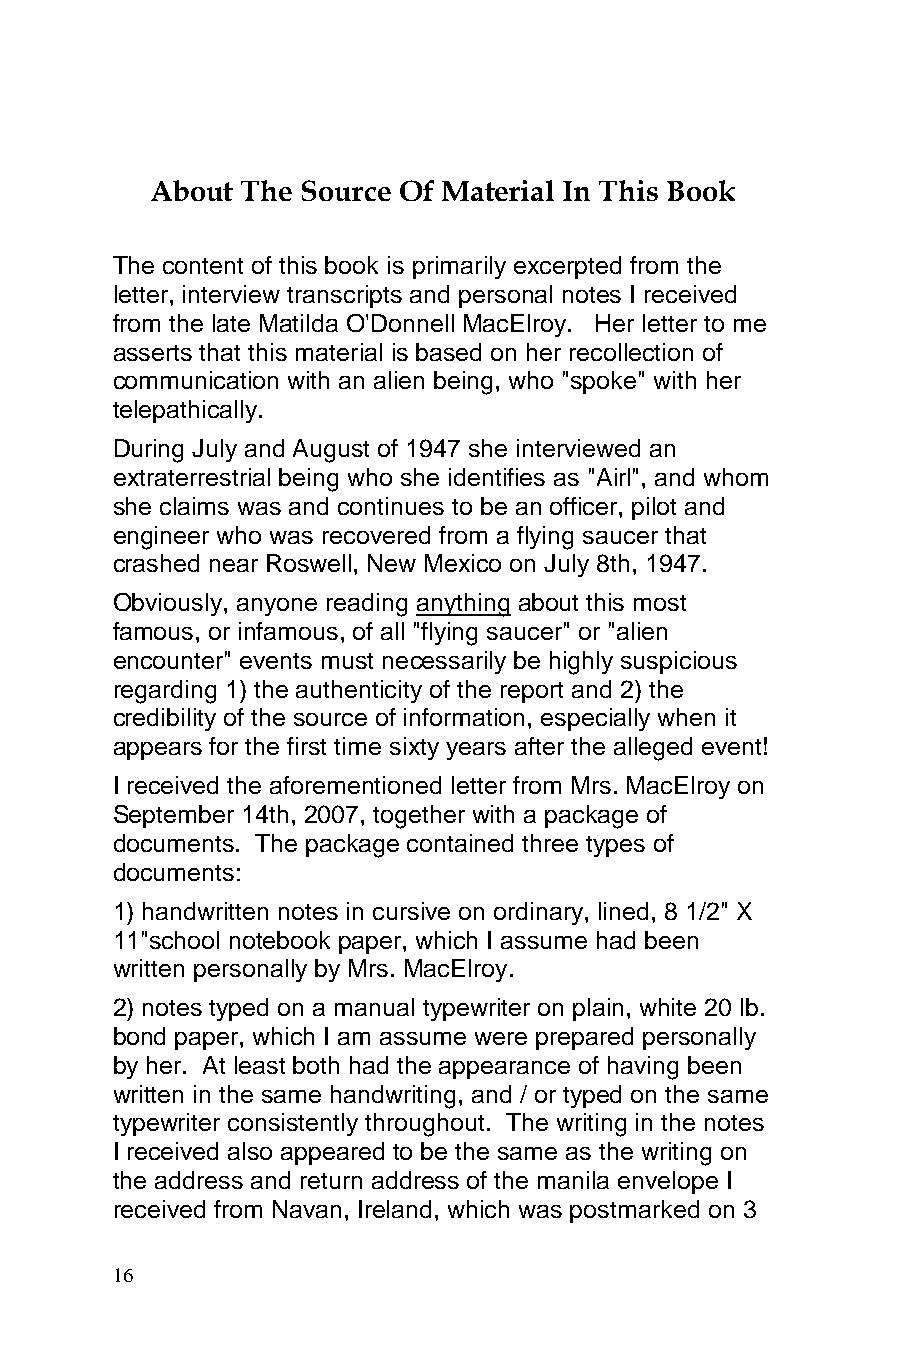
About The Source Of Material In This Book
 The content of this book is primarily excerpted from the
 letter, interview transcripts and personal notes I received
 from the late Matilda O'Donnell MacElroy. Her letter to me
 asserts that this material is based on her recollection of
 communication with an alien being, who "spoke" with her
 telepathically.
 During July and August of 1947 she interviewed an
 extraterrestrial being who she identifies as "Airl", and whom
 she claims was and continues to be an officer, pilot and
 engineer who was recovered from a flying saucer that
 crashed near Roswell, New Mexico on July 8th, 1947.
 Obviously, anyone reading anything about this most
 famous, or infamous, of all "flying saucer" or "alien
 encounter" events must necessarily be highly suspicious
 regarding 1) the authenticity of the report and 2) the
 credibility of the source of information, especially when it
 appears for the first time sixty years after the alleged event!
 I received the aforementioned letter from Mrs. MacElroy on
 September 14th, 2007, together with a package of
 documents. The package contained three types of
 documents:
 1) handwritten notes in cursive on ordinary, lined, 8 1/2" X
 11"school notebook paper, which I assume had been
 written personally by Mrs. MacElroy.
 2) notes typed on a manual typewriter on plain, white 20 lb.
 bond paper, which I am assume were prepared personally
 by her. At least both had the appearance of having been
 written in the same handwriting, and / or typed on the same
 typewriter consistently throughout. The writing in the notes
 I received also appeared to be the same as the writing on
 the address and return address of the manila envelope I
 received from Navan, Ireland, which was postmarked on 3
 16